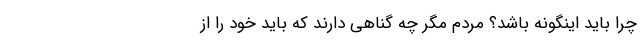
چرا باید اینگونه باشد؟ مردم مگر چه گناهی دارند که باید خود را از